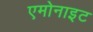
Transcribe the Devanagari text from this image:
एमोनाइट